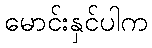
မောင်းနှင်ပါက